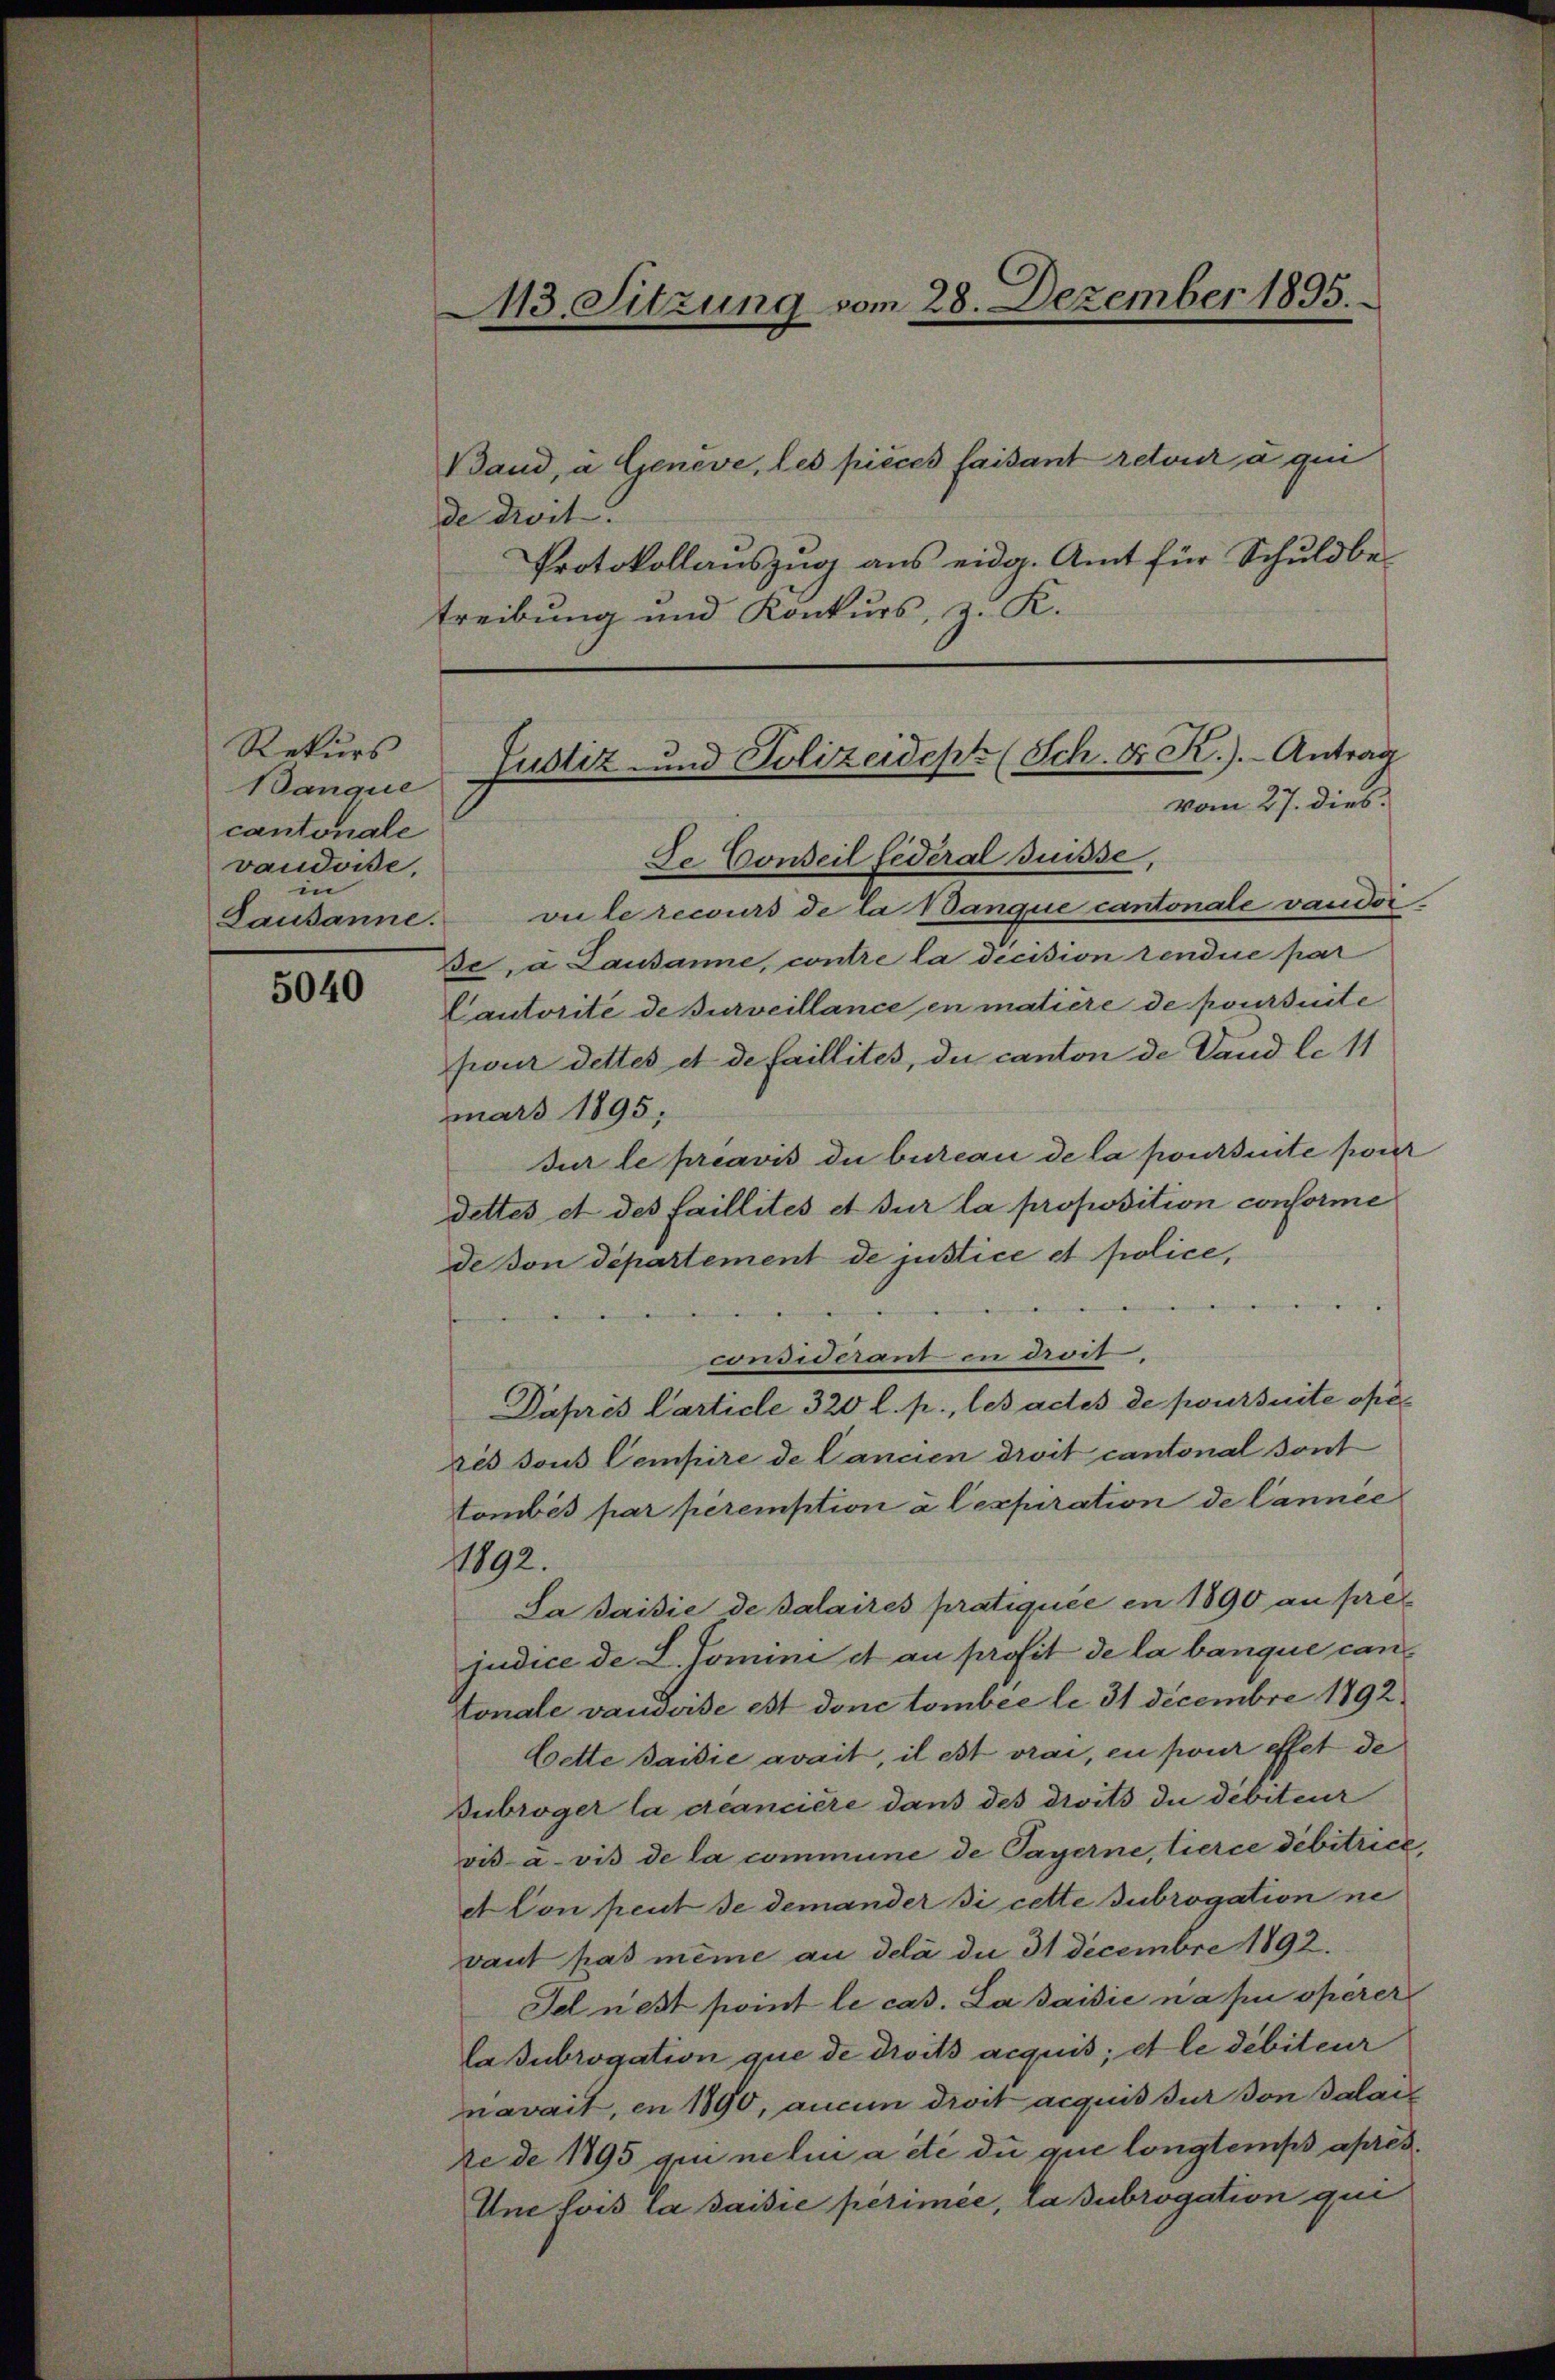
Rekurs
Banque
cantonale
vaudoise,
in
Lausanne.

5040

treibung und Konkurs, z. K.
Justiz- und Polizeidept (Sch. Fr. K.). Antrag

113. Sitzung vom 28. Dezember 1895.

Band, u. Genève, les pièces faisant retour a qui
de droit.
Protokollauszug aus eidg. Amt für Schuldbe-
De Conseil federal Suisse,
vule recours de la Banque cantonale vaudor
De, à Lausanne, contre la decision rendue par
Cautorité de Burveillance en matière de poursuite
four dettes et de faillites, du canton de Land le 11
mars 1895.
Jur le préavis du bureau de la ponsente pour
dettes et des faillités et sur la proposition conforme
de von Departement de justice et police,
.
i
considerant in droit.
Päpres Carticle 320 l. p., les actes de poursuite oferès sous Cempire de Cancien droit cantonal sont
tombés par peremption à lexpiration de Cannée
1892.
Sa saisie de salaires pratiquée en 1890 an pre
judice de L. Jomini et au profit de la banque cantonale vaudoise est donc tomber le 31 Decembre 1792
Cette saisie avait, il est vrai, en pour effet de
Dubroger la deanciere dans des droits die debiteur
vis-à-vis de la commune de Payerne, tierce débitrice
Con peut de demander si cette subrogation ne
vant pas même an delà due 31 Decembre 1892.
Ie nest point le cas. La saisie n’a pu operer
Laubrogation que de droits acquis; et le débiteur
navait, en 1890, aucun droit acquis sur von Palai
de de 1795 qui neli a été du que longtemps apres¬
Une lois la saisie perimée, la subrogation qui

vom 27. dies